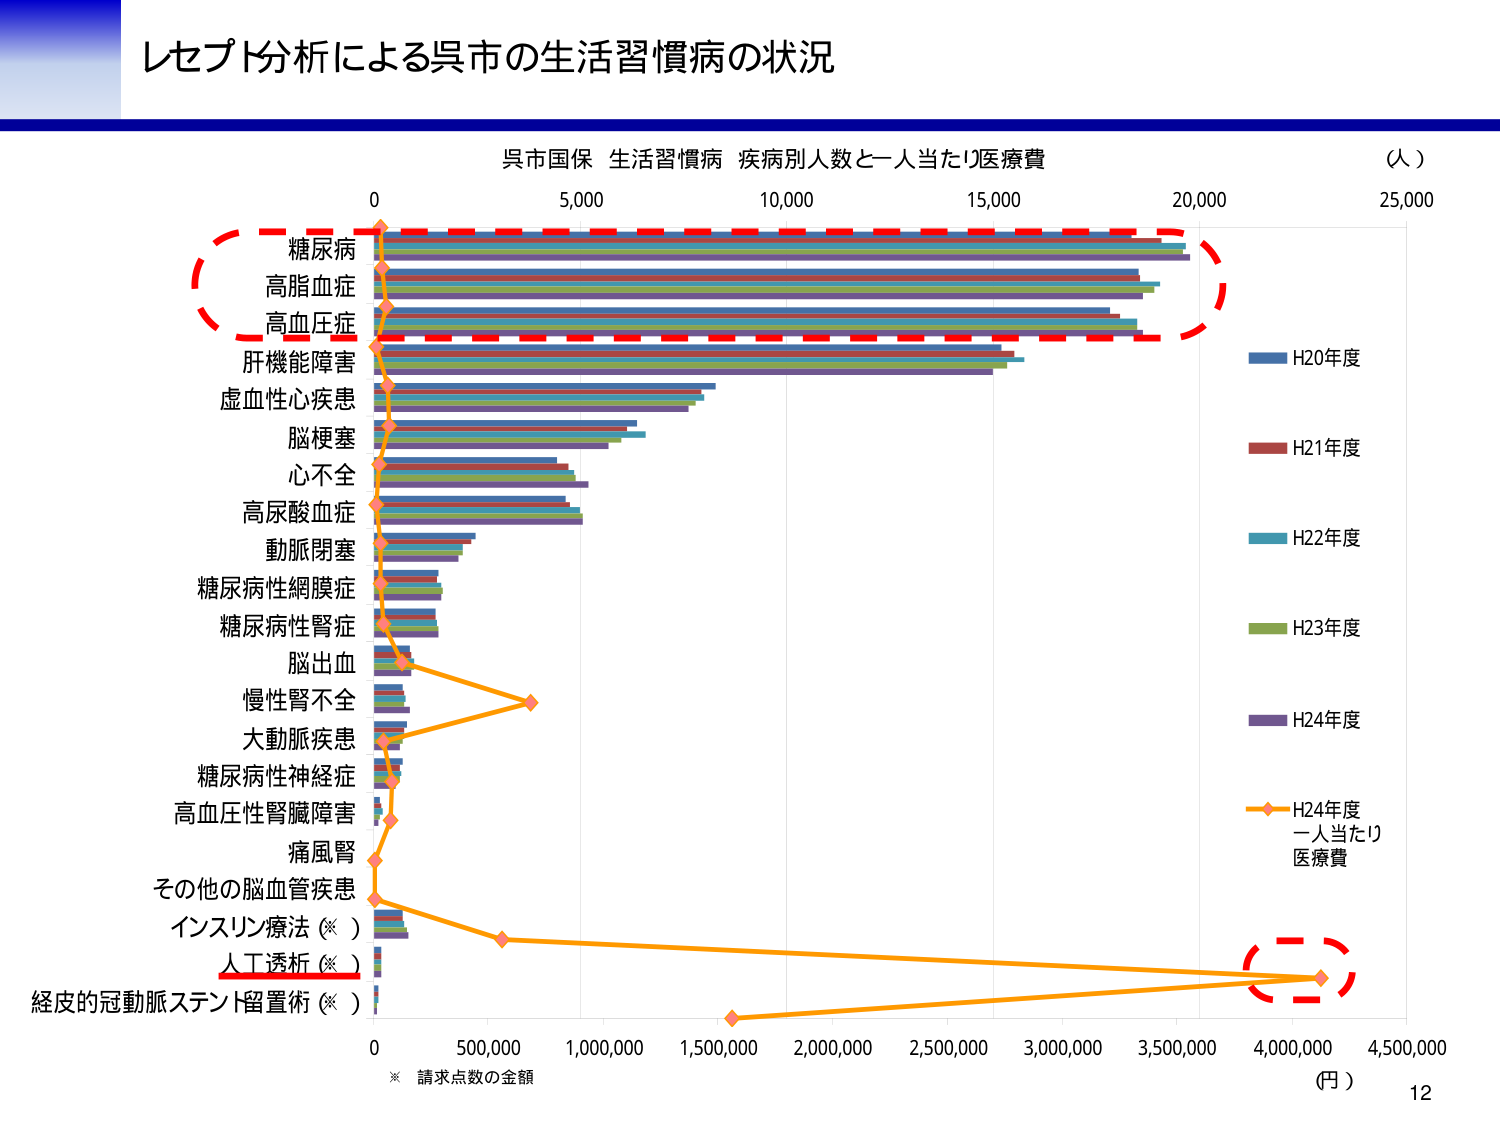
レセプト分析による呉市の生活習慣病の状況

呉市国保 生活習慣病 疾病別人数と一人当たり医療費
（人）

糖尿病
高脂血症
高血圧症
肝機能障害
虚血性心疾患
脳梗塞
心不全
高尿酸血症
動脈閉塞
糖尿病性網膜症
糖尿病性腎症
脳出血
慢性腎不全
大動脈疾患
糖尿病性神経症
高血圧性腎臓障害
痛風腎
その他の脳血管疾患
インスリン療法（※）
人工透析（※）
経皮的冠動脈ステント留置術（※）

H20年度
H21年度
H22年度
H23年度
H24年度
H24年度
一人当たり
医療費

0 5,000 10,000 15,000 20,000 25,000

0 500,000 1,000,000 1,500,000 2,000,000 2,500,000 3,000,000 3,500,000 4,000,000 4,500,000
（円）

※ 請求点数の金額

12